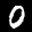
Label: 0